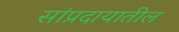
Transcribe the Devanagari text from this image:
सांप्रदायातील